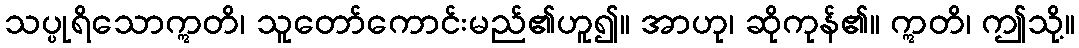
သပ္ပုရိသောဣတိ၊ သူတော်ကောင်းမည်၏ဟူ၍။ အာဟု၊ ဆိုကုန်၏။ ဣတိ၊ ဤသို့။